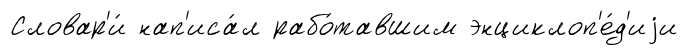
Словар'и́ нап'иса́л рабо́тавшим энциклоп'е́д'иjи